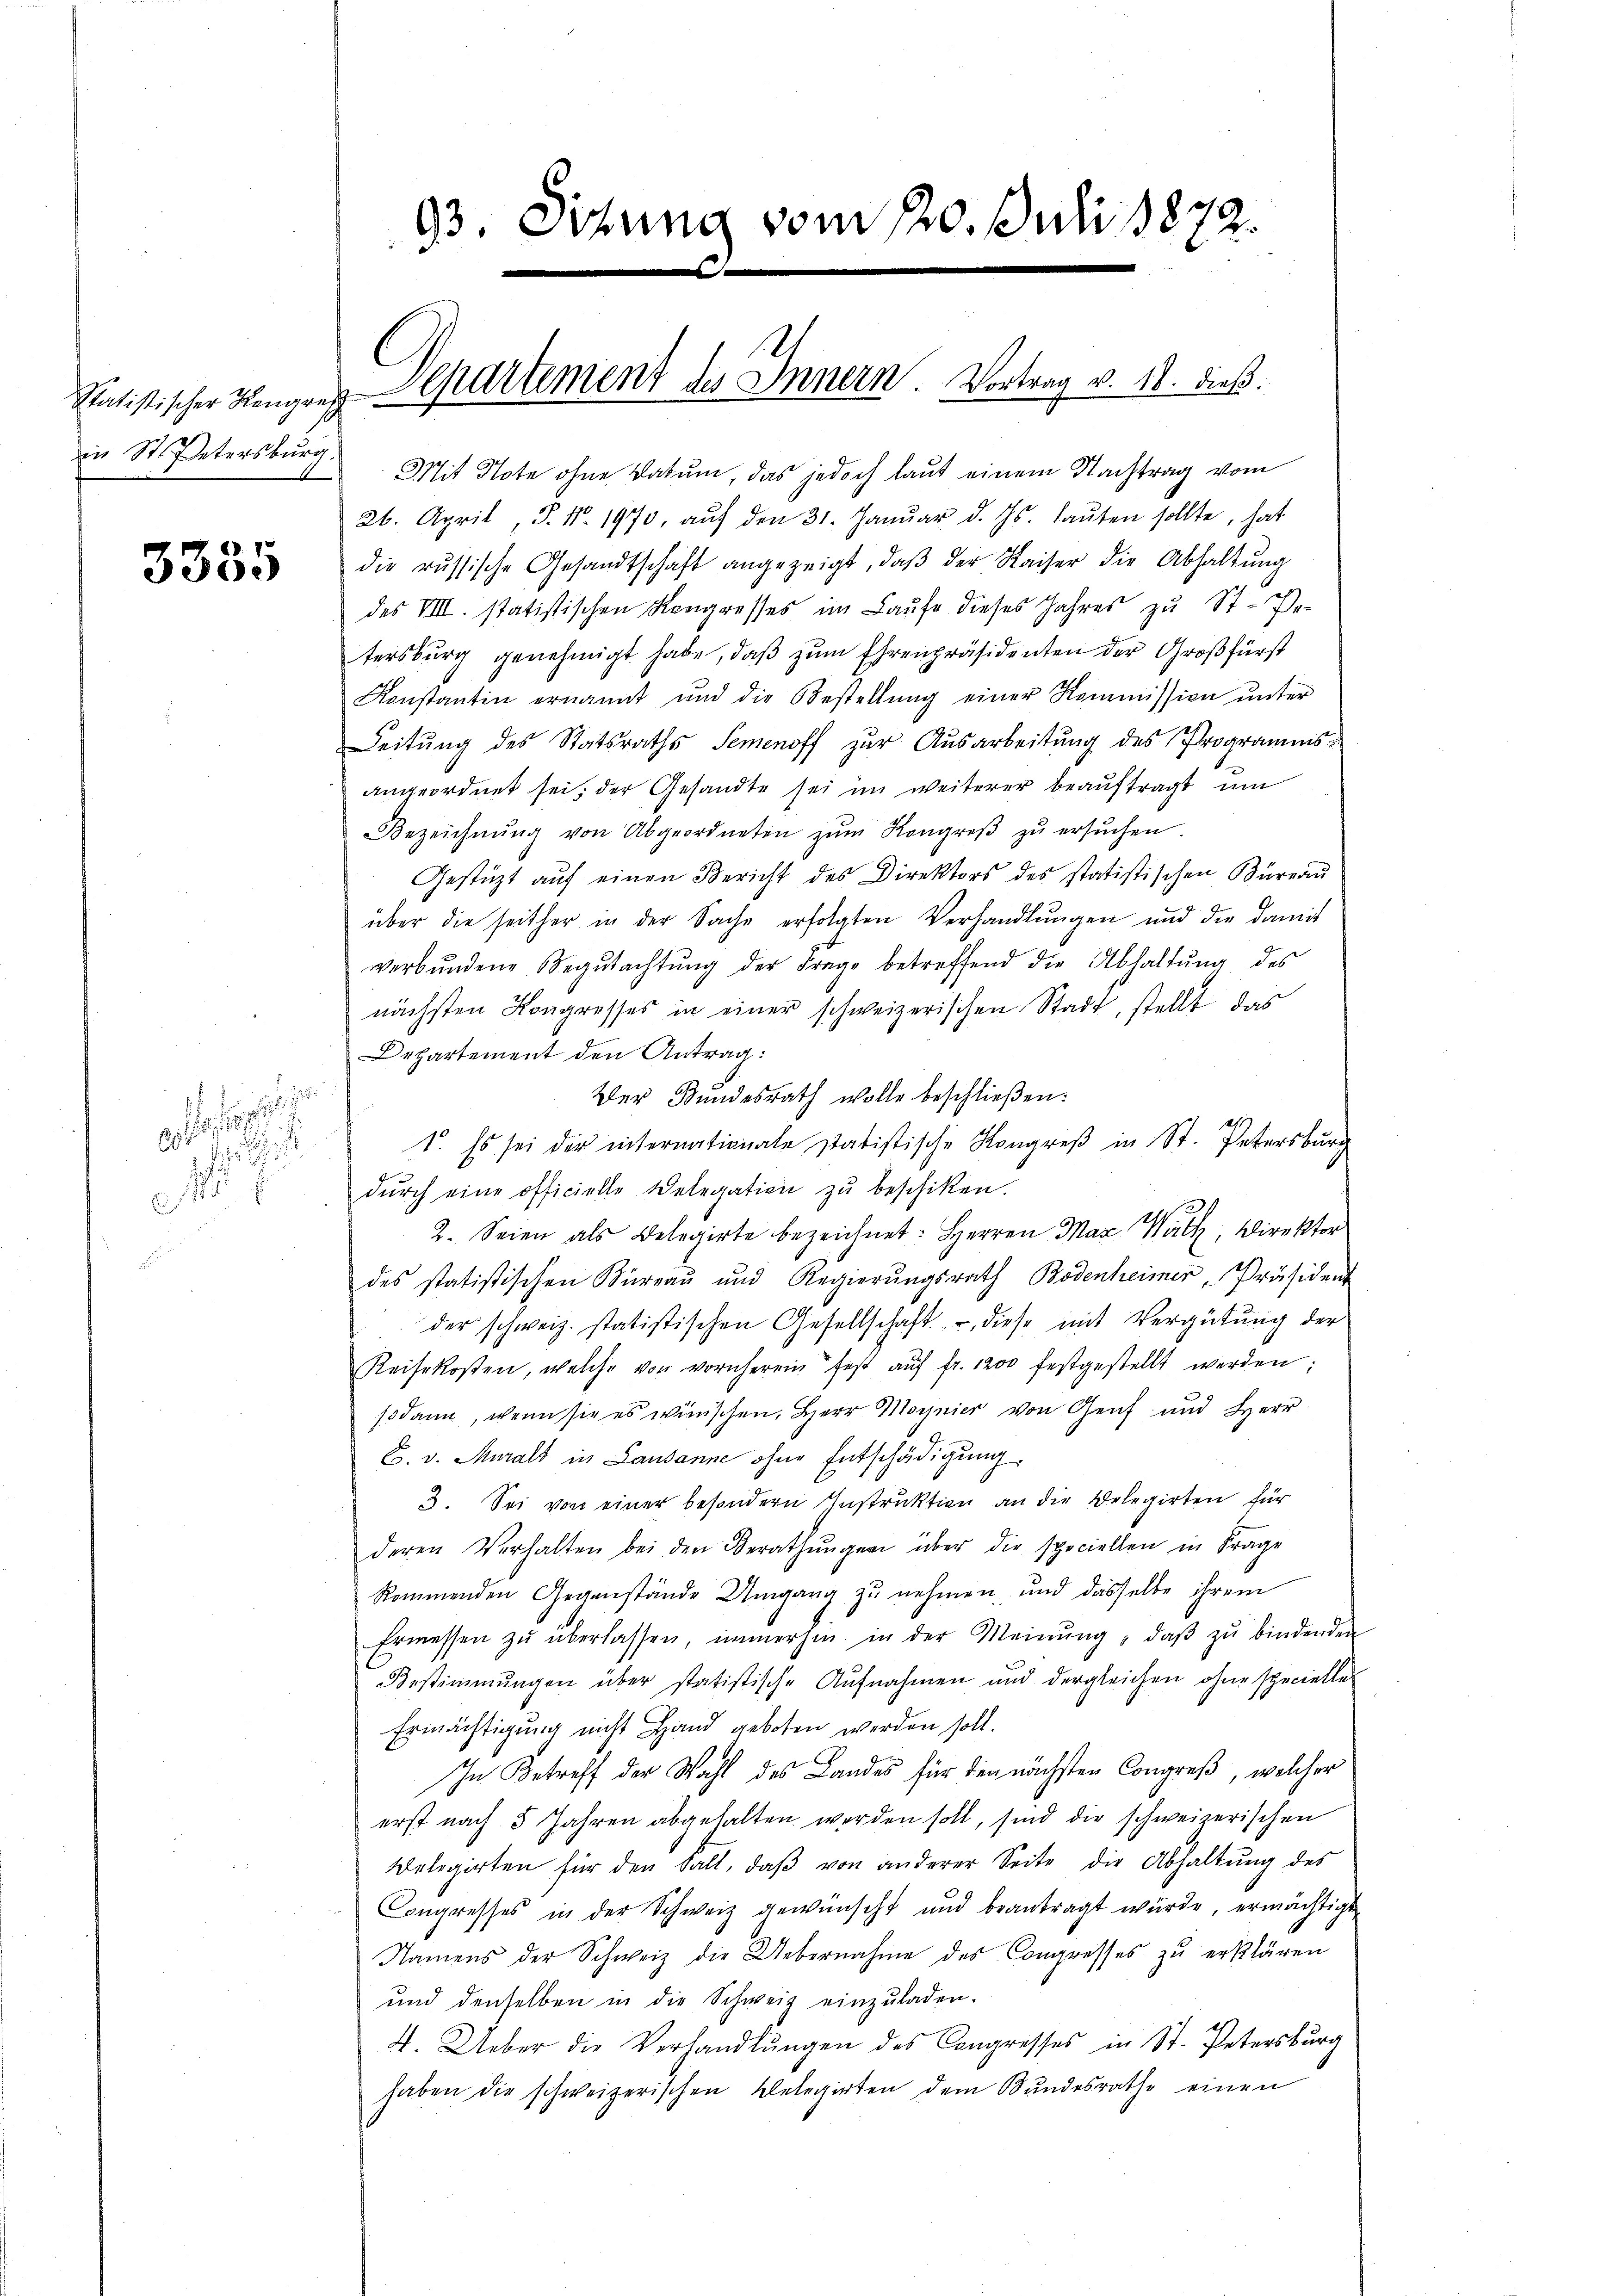
in St. Petersburg.

3335

¬
gelasse sichen
d

144. E

Mit Note ohne Datum, das jedoch laut einem Nachtrag vom
26. April, P. Nr. 1970, aŭf den 31. Janŭar d. Js. laŭten sollte, hat
die russische Gesandtschaft angezeigt, daβ der Kaiser die Abhaltŭng
des VIII. statistischen Kongresses im Laufe dieses Jahres zu St. Pe-
tersburg genehmigt habe, daß zum Ehrenpräsidenten der Großfürst
Konstantin ernannt und die Bestellŭng einer Kommission ŭnter
Leitung des Statsraths Semenoff zur Ausarbeitung des Programmsangeordnet sei, der Gesandte sei im weiterer beaŭftragt, um
Bezeichnŭng von Abgeordneten zŭm Kongreβ zŭ ersŭchen.
Gestützt auf einen Bericht des Direktors des statistischen Büreau
über die seither in der Sache erfolgten Verhandlungen und die damit
verbŭndene Segŭtachtŭng der Frage betreffend die Abhaltŭng des
nächsten Kongresses in einer schweizerischen Stadt, stellt das
Departement den Antrag:
Der Bundesrath wolle beschließen:
1. Es sei der internationale statistische Kongreß in St. Petersburg
dŭrch eine officielle Delegation zŭ beschiken.
2. Seien als Belegirte bezeichnet: Herren Max Walk, Direktor
des statistischen Kureau und Regierungsrath Bodenheimer, Präsiden
der schweiz. statistischen Gesellschaft, diese mit Vergütung der
Reisekosten, welche von vornherein fest aŭf fr. 1200 festgestellt werden;
sodann, wenn sie es wünschen, Herr Magnier von Genf und Herr
E. v. Muralt in Lausanne ohne Entschädigung.
3. Sei von einer besondern Instruktion an die Delegirten für
deren Verhalten bei den Berathŭngen über die speciellen in Frage
kommenden Gegenstände Umgang zu nehmen, und dasselbe ihrem
Ermessen zŭ überlassen, immerhin in der Meinŭng, daβ zŭ bindenden
Bestimmungen über statistische Aŭfnahmen und dergleichen ohne specielle
Ermächtigung nicht Hand geboten werden soll.
In Betreff der Wahl des Landes für den nächsten Congreß, welcher
erst nach 5 Jahren abgehalten werden soll, sind die schweizerischen
Belegirten für den kalt, daβ von anderer Seite die Abhaltŭng des
Congresses in der Schweiz gewünscht und beantragt würde, ermächtigt
Namens der Schweiz die Uebernahme des Congresses zu erklären
und denselben in die Schweiz einzŭladen.
4. Ueber die Verhandlŭngen des Congresses in St. Petersburg
haben die schweizerischen belegirten dem Bŭndesrathe einen

93. Sitzung vom 20. Juli 1872.
e
.

Rütistischer Zungen Departement des Innern. Vortrag v. 18. dieß.